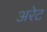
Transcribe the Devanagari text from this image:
अरेट